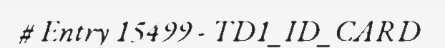
# Entry 15499 - TD1_ID_CARD